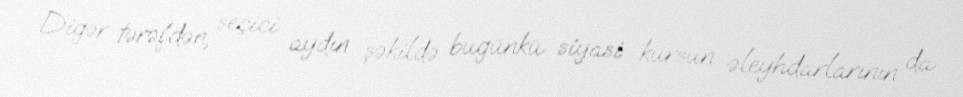
Digər tərəfdən, seçici aydın şəkildə bugünkü siyasi kursun əleyhdarlarının da